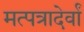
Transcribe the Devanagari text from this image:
मत्पत्रादेर्वां